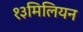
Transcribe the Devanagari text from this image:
१३मिलियन